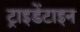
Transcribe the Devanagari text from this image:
ट्राइडेंटाइन